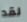
لقد